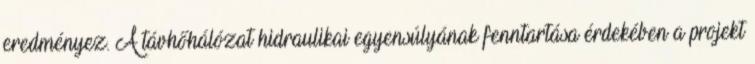
eredményez. A távhőhálózat hidraulikai egyensúlyának fenntartása érdekében a projekt